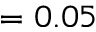
= 0 . 0 5